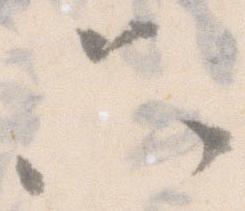
只